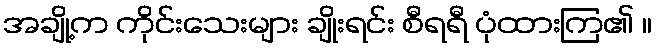
အချို့က ကိုင်းသေးများ ချိုးရင်း စီရရီ ပုံထားကြ၏ ။